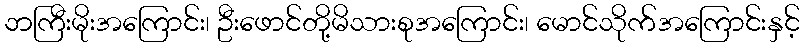
ဘကြီးမိုးအကြောင်း၊ ဦးဖောင်တို့မိသားစုအကြောင်း၊ မောင်သိုက်အကြောင်းနှင့်